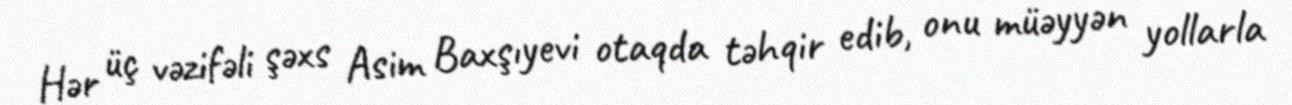
Hər üç vəzifəli şəxs Asim Baxşıyevi otaqda təhqir edib, onu müəyyən yollarla